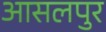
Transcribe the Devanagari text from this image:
आसलपुर